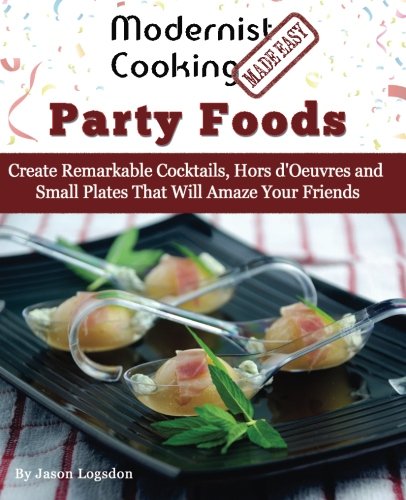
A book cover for Modernist Cooking Made Easy: Party Foods: Create Remarkable Cocktails,  Hors d'Oeuvres and Small Plates That Will Amaze Your Friends; Jason Logsdon; Cookbooks, Food & Wine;